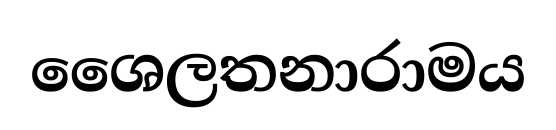
ශෛලතනාරාමය